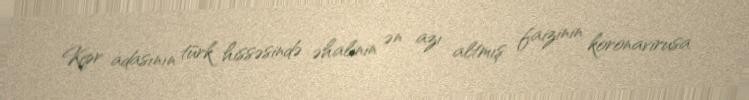
Kipr adasının türk hissəsində əhalinin ən azı altmış faizinin koronavirusa